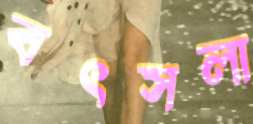
বৎসলা